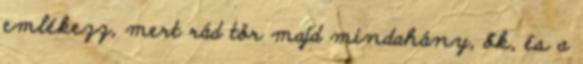
emlékezz, mert rád tör majd mindahány, ők, és a